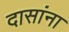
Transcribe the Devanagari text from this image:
दासांना